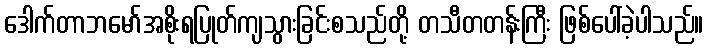
ဒေါက်တာဘမော်အစိုးရပြုတ်ကျသွားခြင်းစသည်တို့ တသီတတန်းကြီး ဖြစ်ပေါ်ခဲ့ပါသည်။